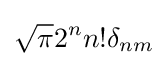
{\sqrt {\pi }}2^{n}n!\delta _{nm}